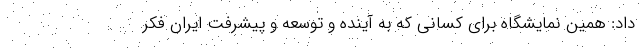
داد: همین نمایشگاه برای کسانی که به آینده و توسعه و پیشرفت ایران فکر